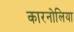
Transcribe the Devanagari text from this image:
कारनोलिया